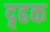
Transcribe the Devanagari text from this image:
दृढक